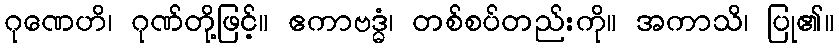
ဂုဏေဟိ၊ ဂုဏ်တို့ဖြင့်။ ဧကာဗဒ္ဓံ၊ တစ်စပ်တည်းကို။ အကာသိ၊ ပြု၏။